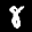
Label: 8